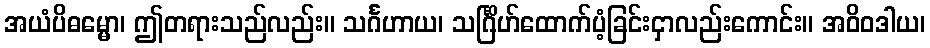
အယံပိဓမ္မော၊ ဤတရားသည်လည်း။ သင်္ဂဟာယ၊ သင်္ဂြိဟ်ထောက်ပံ့ခြင်းငှာလည်းကောင်း။ အဝိဝဒါယ၊